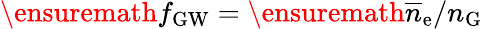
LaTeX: \ensuremath{f_{\mathrm{GW}}}=\ensuremath{\overline{{n}}_{\mathrm{e}}/n_{\mathrm{G}}}